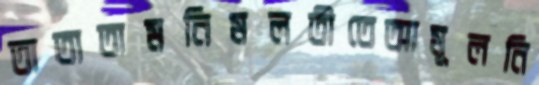
তাতাতামনিমলতীতেআমূলনি